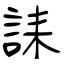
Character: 誄